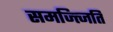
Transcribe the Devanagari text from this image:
समज्त्जिति